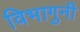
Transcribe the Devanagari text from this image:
विभागुनी